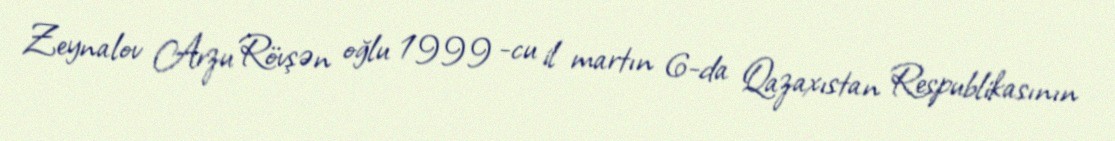
Zeynalov Arzu Rövşən oğlu 1999 -cu il martın 6-da Qazaxıstan Respublikasının